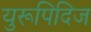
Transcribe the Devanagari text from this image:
युरूपिदिज